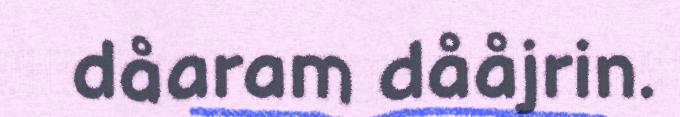
dåaram dååjrin.